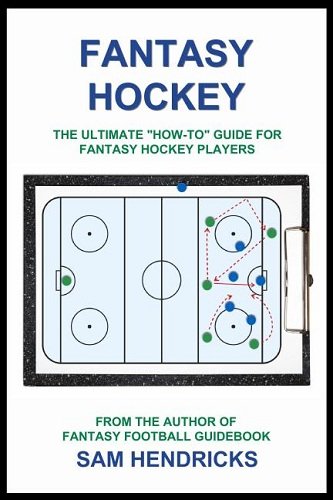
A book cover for Fantasy Hockey: The Ultimate How-To Guide for Fantasy Hockey Players; Sam Hendricks; Humor & Entertainment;